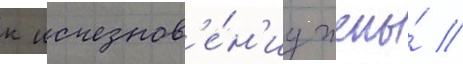
к исчезнов'е́н'иу жены́ //